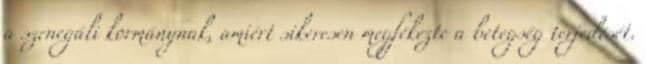
a szenegáli kormánynak, amiért sikeresen megfékezte a betegség terjedését.